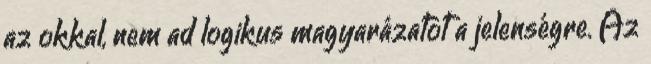
az okkal, nem ad logikus magyarázatot a jelenségre. Az